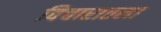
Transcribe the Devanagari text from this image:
विचारातला